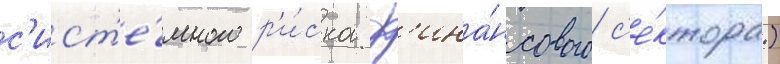
с'ист'е́много р'и́ска ф'ина́нсового с'е́ктора)